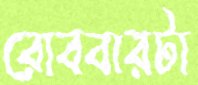
রোববারটা